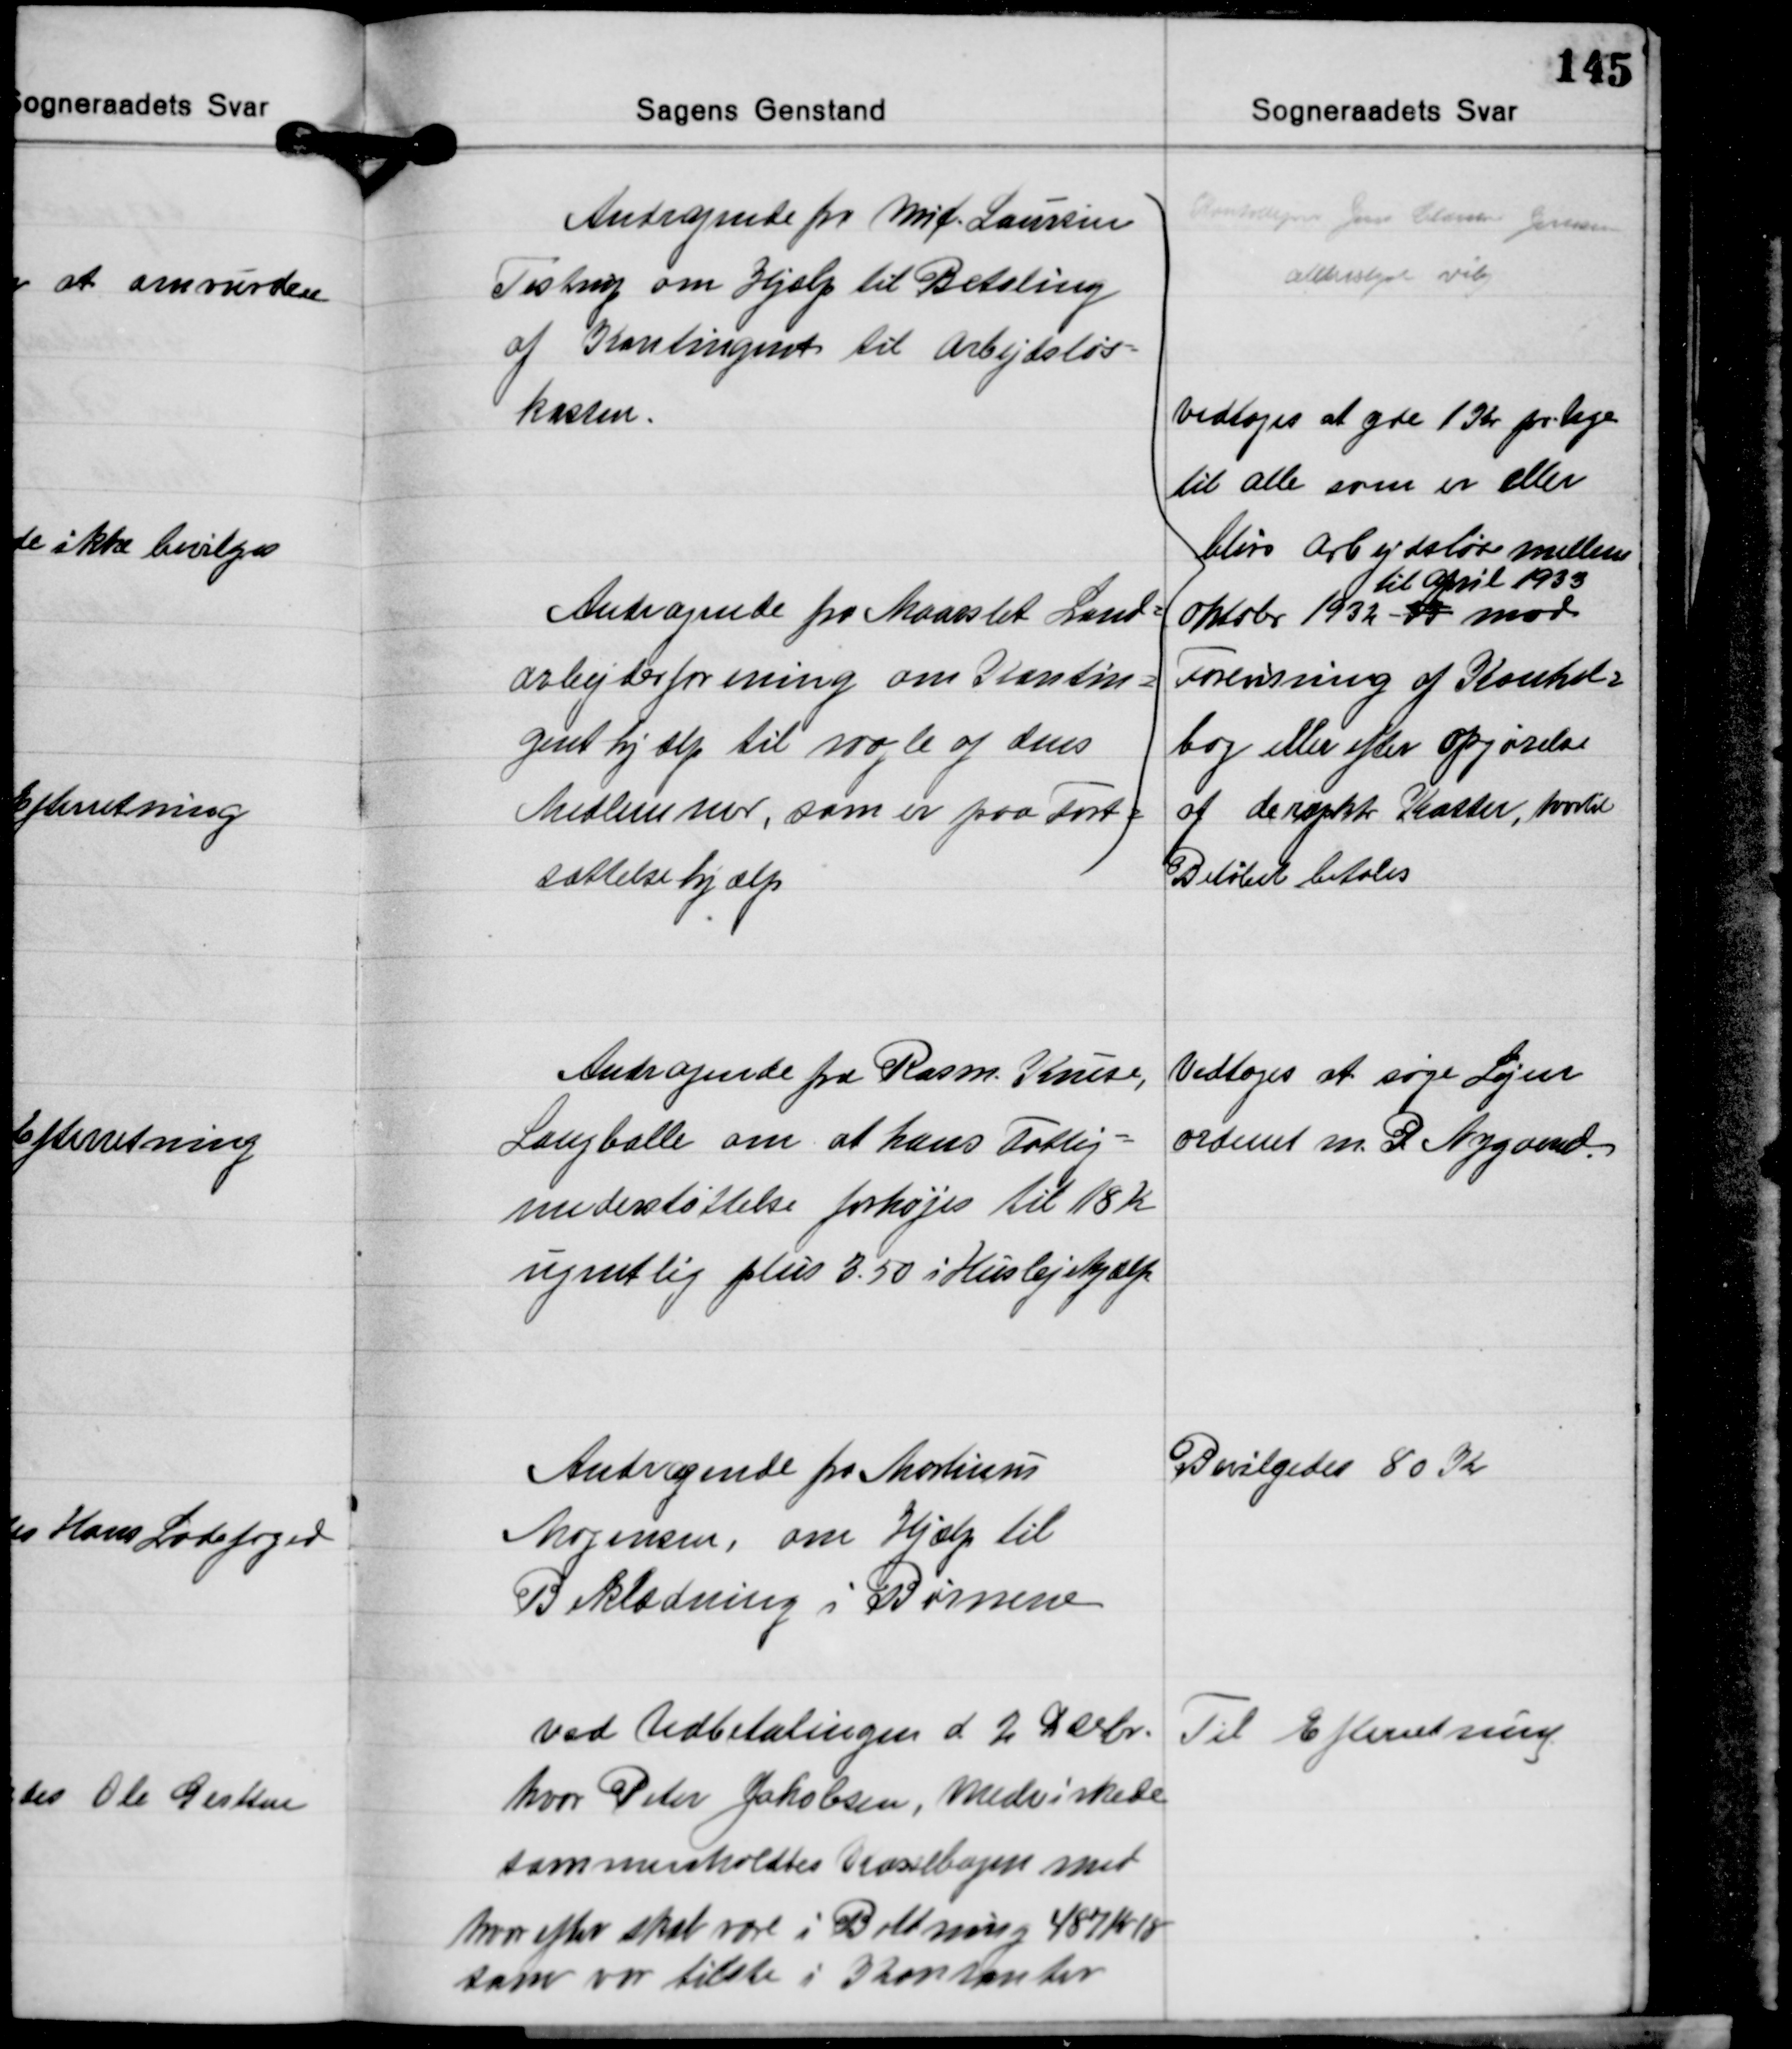
Transskription:
Andragende fra Mic. Laursen
Testrup om Hjælp til Betaling
af Kontingent til Arbejdsløs-
kassen.

Køntodejn Jens Christen Jensen
Alderslyst Viby

Andragende fra Maarslet Land-
arbejderforening om Kontin-
genthjælp til nogle af dens
Medlemmer, som er paa Fort-
sættelsehjælp

Vedtoges at yde 1 Kr pr. Uge
til alle som er eller
bliver Arbejdsløse mellem
til April 1933
Oktober 1932 -33 mod
Forevisning af Kontrol-
bog eller efter opgørelse
af de respkt. Kasser, hvortil
Beløbet betales

Andragende fra Rasm. Kruse,
Langballe om at hans Fattig-
understøttelse forhøjes til 18 Kr
ugentlig plus 3.50 i Huslejehjælp

Vedtoges at søge Lejen
ordenet m. P Nygaard

Andragende fra Martinus
Mogensen, om Hjælp til
Beklædning i Børnene

Bevilgedes 80 Kr.

Ved Udbetalingen d 2 Decbr.
hvor Peter Jakobsen, medvirkede
sommenholdtes Kassebogen med
hvor efter skal være i Boldning 487 Kr. 18
som var tilstede i Kontanter

Til Efterretning